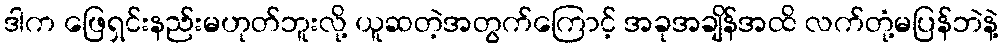
ဒါက ဖြေရှင်းနည်းမဟုတ်ဘူးလို့ ယူဆတဲ့အတွက်ကြောင့် အခုအချိန်အထိ လက်တုံ့မပြန်ဘဲနဲ့